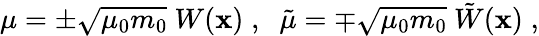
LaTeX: \mu=\pm\sqrt{\mu_{0}m_{0}}~W({\mathbf x})\; ,\; \; \tilde{\mu}=\mp\sqrt{\mu_{0}m_{0}}~\tilde{W}({\mathbf x})\; ,